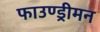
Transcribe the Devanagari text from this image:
फाउण्ड्रीमन